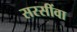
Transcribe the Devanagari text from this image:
सरसींवा